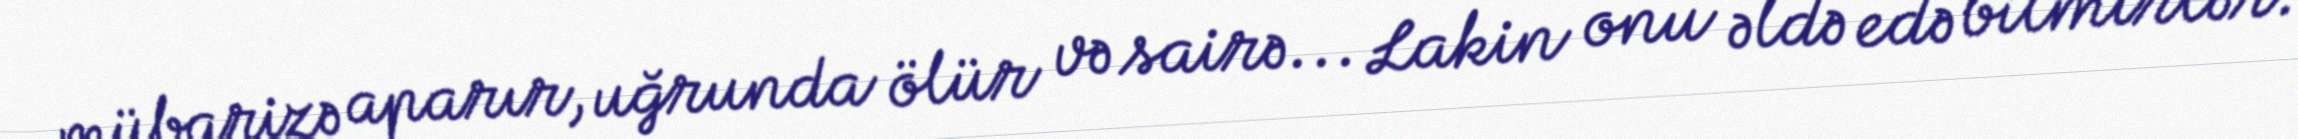
mübarizə aparır, uğrunda ölür və sairə... Lakin onu əldə edə bilmirlər.